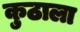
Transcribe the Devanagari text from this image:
कुठाला